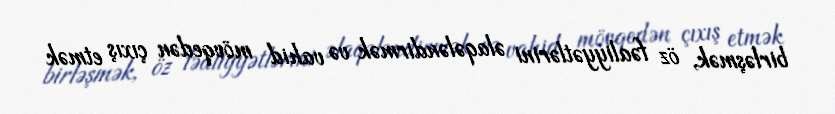
birləşmək, öz fəaliyyətlərini əlaqələndirmək və vahid mövqedən çıxış etmək